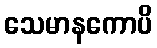
သေမာနကောပိ